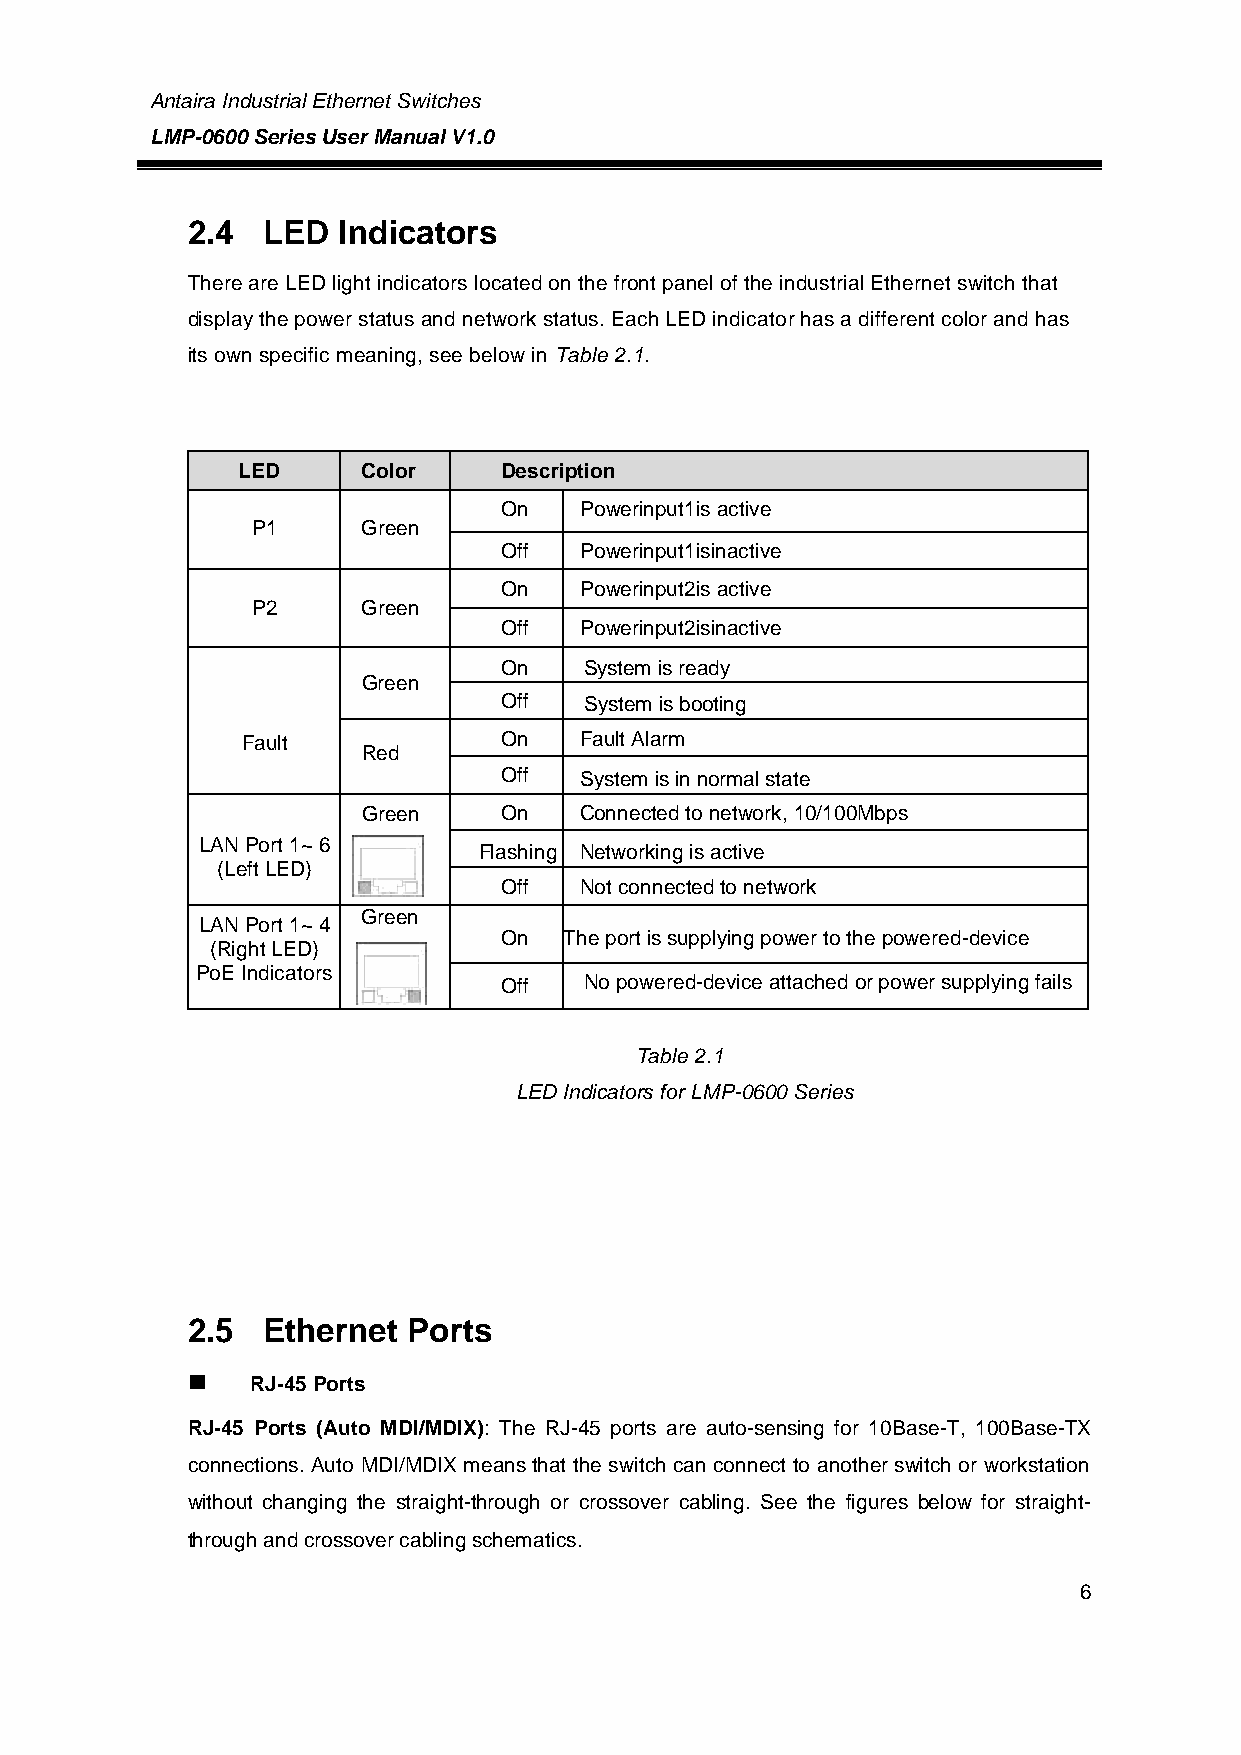
Antaira Industrial Ethernet Switches
 LMP-0600 Series User Manual V1.0
 2.4  LED  Indicators
 There are LED light indicators located on the front panel of the industrial Ethernet switch that
 display the power status and network status. Each LED indicator has a different color and has
 its own specific meaning, see below in Table 2.1.
 LED     Color    Description
 On   Powerinput1is active
 P1     Green
 Off  Powerinput1isinactive
 On   Powerinput2is active
 P2     Green
 Off  Powerinput2isinactive
 On    System is ready
 Green
 Off   System is booting
 Fault            On   Fault Alarm
 Red
 Off  System is in normal state
 Green    On   Connected to network, 10/100Mbps
 LAN Port 1~ 6
 Flashing Networking is active
 (Left LED)
 Off  Not connected to network
 Green
 LAN Port 1~ 4
 On  The port is supplying power to the powered-device
 (Right LED)
 PoE Indicators
 Off   No powered-device attached or power supplying fails
 Table 2.1
 LED Indicators for LMP-0600 Series
 2.5  Ethernet  Ports
     RJ-45 Ports
 RJ-45 Ports (Auto MDI/MDIX): The RJ-45 ports are auto-sensing for 10Base-T, 100Base-TX
 connections. Auto MDI/MDIX means that the switch can connect to another switch or workstation
 without changing the straight-through or crossover cabling. See the figures below for straight-
 through and crossover cabling schematics.
 6